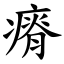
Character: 瘠